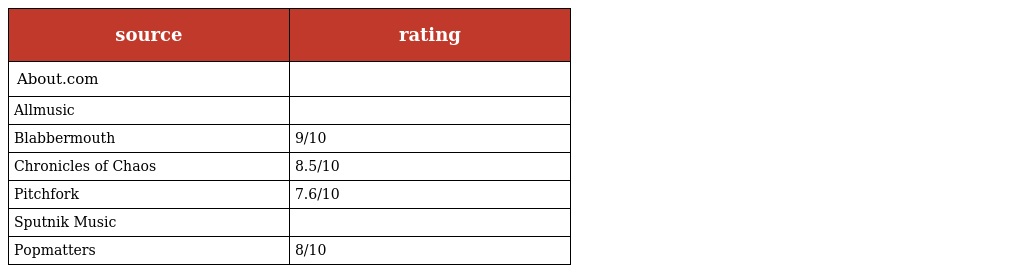
| source | rating |
 | --- | --- |
 | About.com |  |
 | Allmusic |  |
 | Blabbermouth | 9/10 |
 | Chronicles of Chaos | 8.5/10 |
 | Pitchfork | 7.6/10 |
 | Sputnik Music |  |
 | Popmatters | 8/10 |